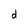
Character: d